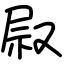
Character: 叞